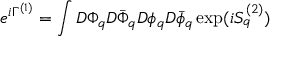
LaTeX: e ^ { i \Gamma ^ { ( 1 ) } } = \int { \cal D } \Phi _ { q } { \cal D } \bar { \Phi } _ { q } { \cal D } \phi _ { q } { \cal D } \bar { \phi } _ { q } \exp ( i S _ { q } ^ { ( 2 ) } )